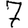
Digit: 7